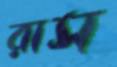
রাস